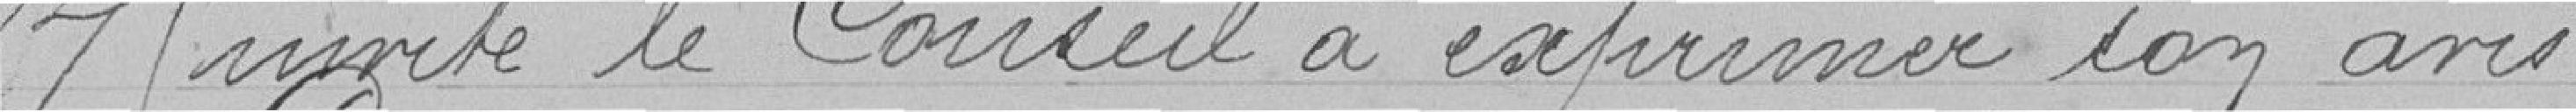
Il invite le Conseil à exprimer son avis.